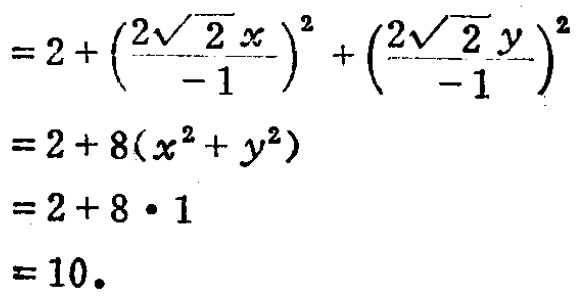
\[
\begin{align*}
&=2+\left(\frac{2\sqrt{2}x}{-1}\right)^{2}+\left(\frac{2\sqrt{2}y}{-1}\right)^{2}\\
&=2 + 8(x^{2}+y^{2})\\
&=2+8\cdot1\\
&=10.
\end{align*}
\]